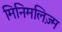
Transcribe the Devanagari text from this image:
मिनिमलिज़्म